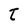
Character: t